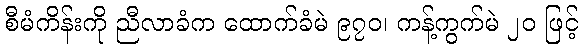
စီမံကိန်းကို ညီလာခံက ထောက်ခံမဲ ၉၇၀၊ ကန့်ကွက်မဲ ၂၀ ဖြင့်